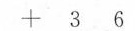
+ 3 6